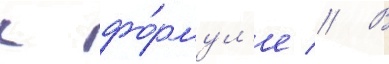
к фо́рмул'е // В